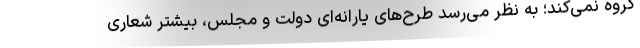
گروه نمی‌کند؛ به نظر می‌رسد طرح‌های یارانه‌ای دولت و مجلس، بیشتر شعاری